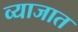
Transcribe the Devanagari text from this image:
व्याजात